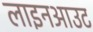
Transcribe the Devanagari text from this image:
लाइनआउट